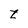
Character: t